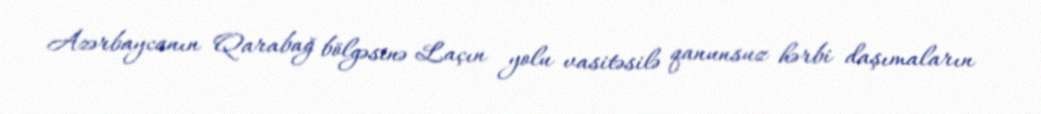
Azərbaycanın Qarabağ bölgəsinə Laçın yolu vasitəsilə qanunsuz hərbi daşımaların